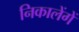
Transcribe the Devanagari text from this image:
निकालेंगें